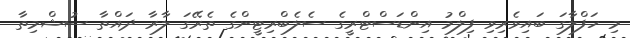
މި ހަފްލާގަ ބައިވެރިވި ފިލްމު އިންޑަސްޓްރީގެ ސެލެބްރިޓީންގެ ތެރޭގަ ލާރާ ދައްތާ ސުޝްމިތާ